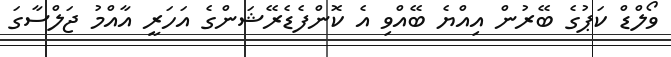
ވޯލްޑް ކަޕުގެ ބޭރުން އިއްޔެ ބޭއްވި އެ ކޮންފެޑެރޭޝަންގެ އަހަރީ އާއްމު ޖަލްސާގަ